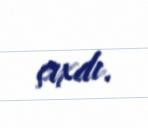
çıxdı.